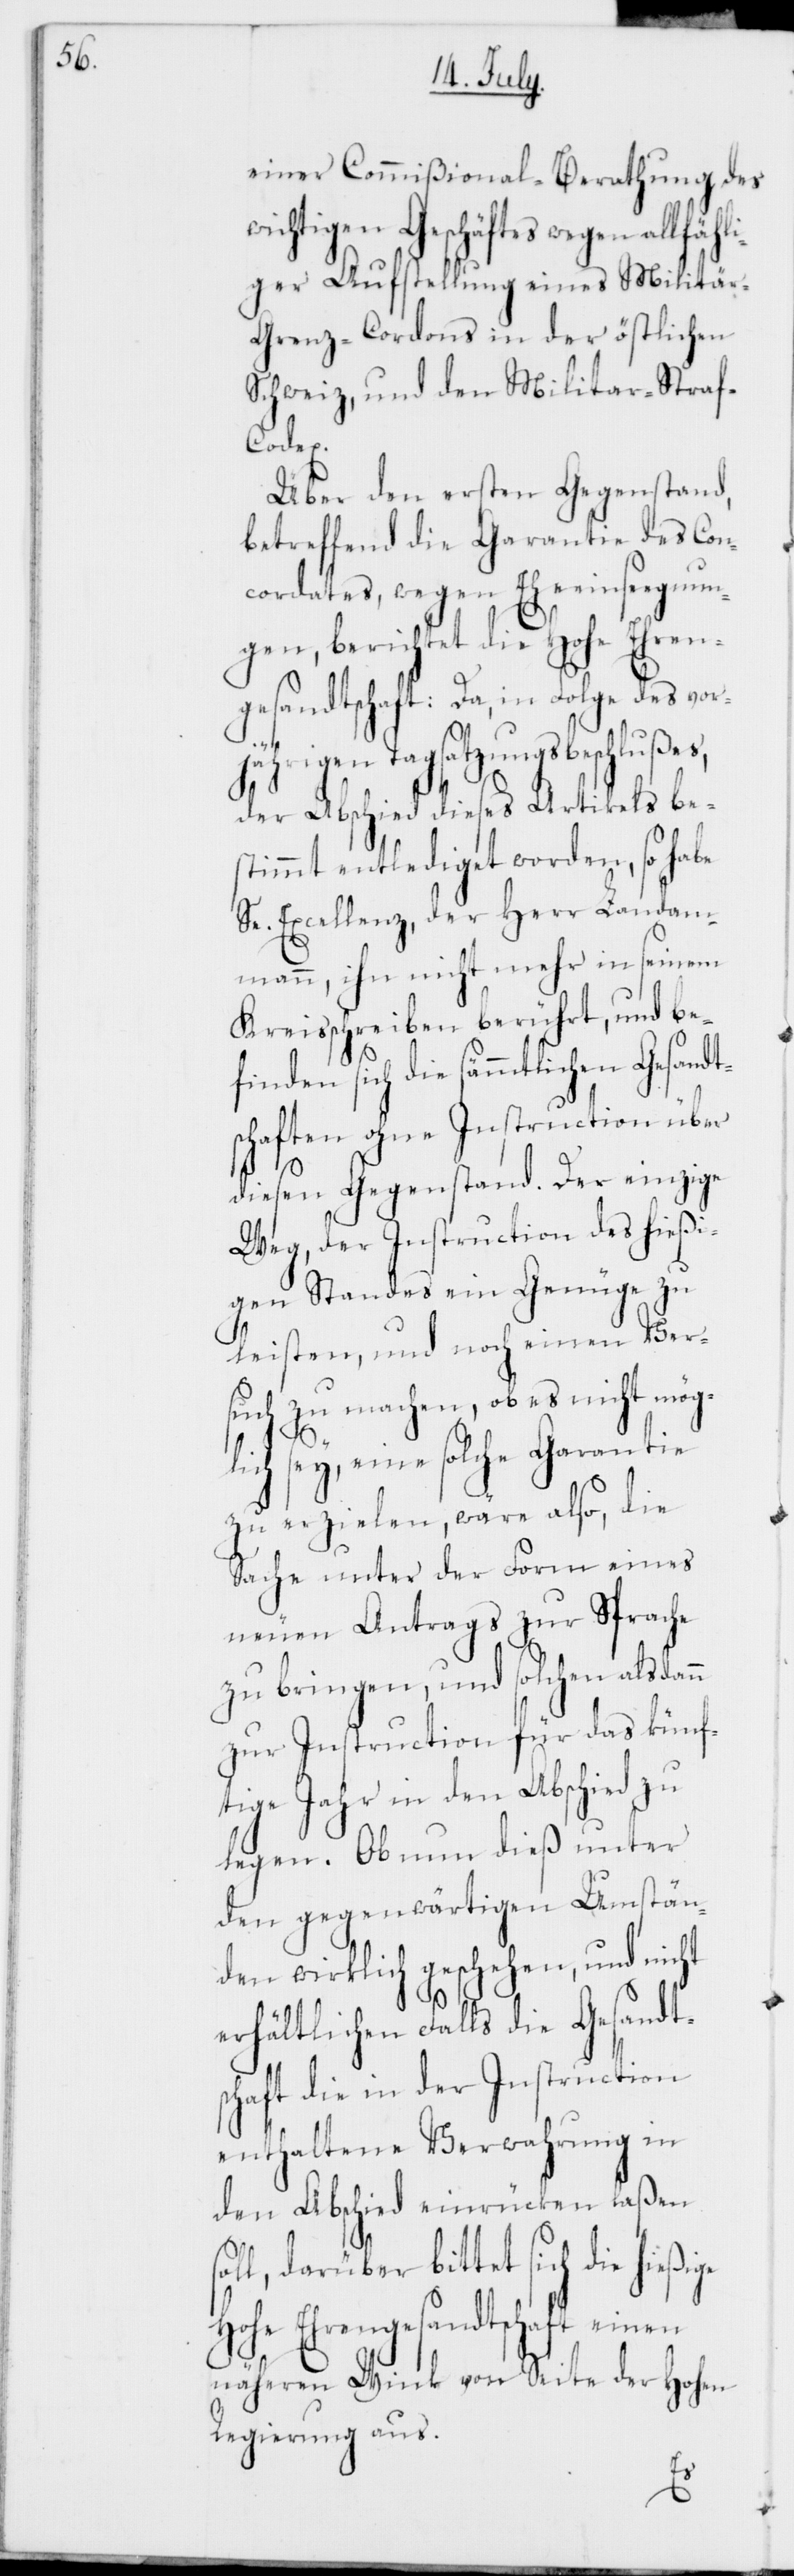
einer Commißional-Berathung des
wichtigen Geschäftes wegen allfähli¬
ger Aufstellung eines Militär-G¬
renz-Cordons in der östlichen
Schweiz, und den Militar-Straf-C¬
odex.
Über den ersten Gegenstand,
betreffend die Garantie des Con¬
cordates, wegen Eheeinsegnun¬
gen, berichtet die Hohe Ehren¬
gesandtschaft: Da, in Folge des vor¬
jährigen Tagsatzungsbeschlußes,
der Abschied dieses Artikels be¬
stimmt entlediget worden, so habe
Se. Excellenz, der Herr Landam¬
mann, ihn nicht mehr in seinem
Kreisschreiben berührt, und be¬
finden sich die sämmtlichen Gesandt¬
schaften ohne Instruction über
diesen Gegenstand. Der einzige
Weg, der Instruction des hießi¬
gen Standes ein Genüge zu
leisten, und noch einen Ver¬
such zu machen, ob es nicht mögl¬
sol¬
ich sey, eine solche Garantie
zu erzielen, wäre also, die
Sache unter der Form eines
neuen Antrags zur Sprache
zu bringen, und solchen alsdann
zur Instruction für das künf¬
tige Jahr in den Abschied zu
legen. Ob nun dieß unter
den gegenwärtigen Umstän¬
den wirklich geschehen, und nicht
erhältlichen Falls die Gesandt¬
schaft die in der Instruction
enthaltene Verwahrung in
den Abschied einrücken laßen
l, darüber bittet sich die hieß¬
Hohe Ehrengesandtschaft einen
näheren Wink von Seite der Hohen
Regierung aus.
ige